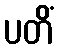
ပတိံ